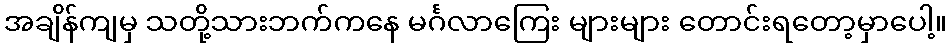
အချိန်ကျမှ သတို့သားဘက်ကနေ မင်္ဂလာကြေး များများ တောင်းရတော့မှာပေါ့။